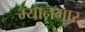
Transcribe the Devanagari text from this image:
म्‍यानमार